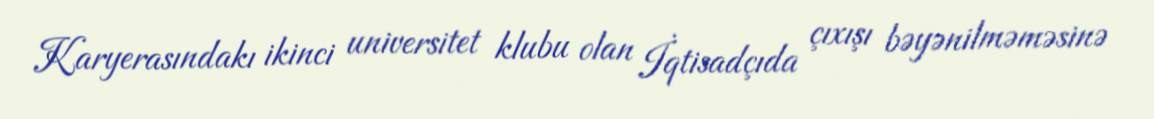
Karyerasındakı ikinci universitet klubu olan İqtisadçıda çıxışı bəyənilməməsinə